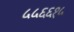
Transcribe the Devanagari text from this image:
५५६६१५